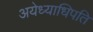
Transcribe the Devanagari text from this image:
अयेध्याधिपति